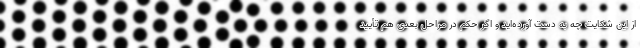
از این شکایت چه به دست آورده‌اید و اگر حکم در مراحل بعدی هم تأیید